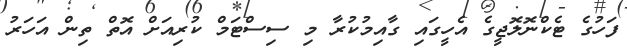
ފަހުގެ ޓެކްނޮލޮޖީގެ އެހީގައި ގާއިމުކުރާ މި ސިސްޓަމް ކުރިއަށް އޮތް ތިން އަހަރު